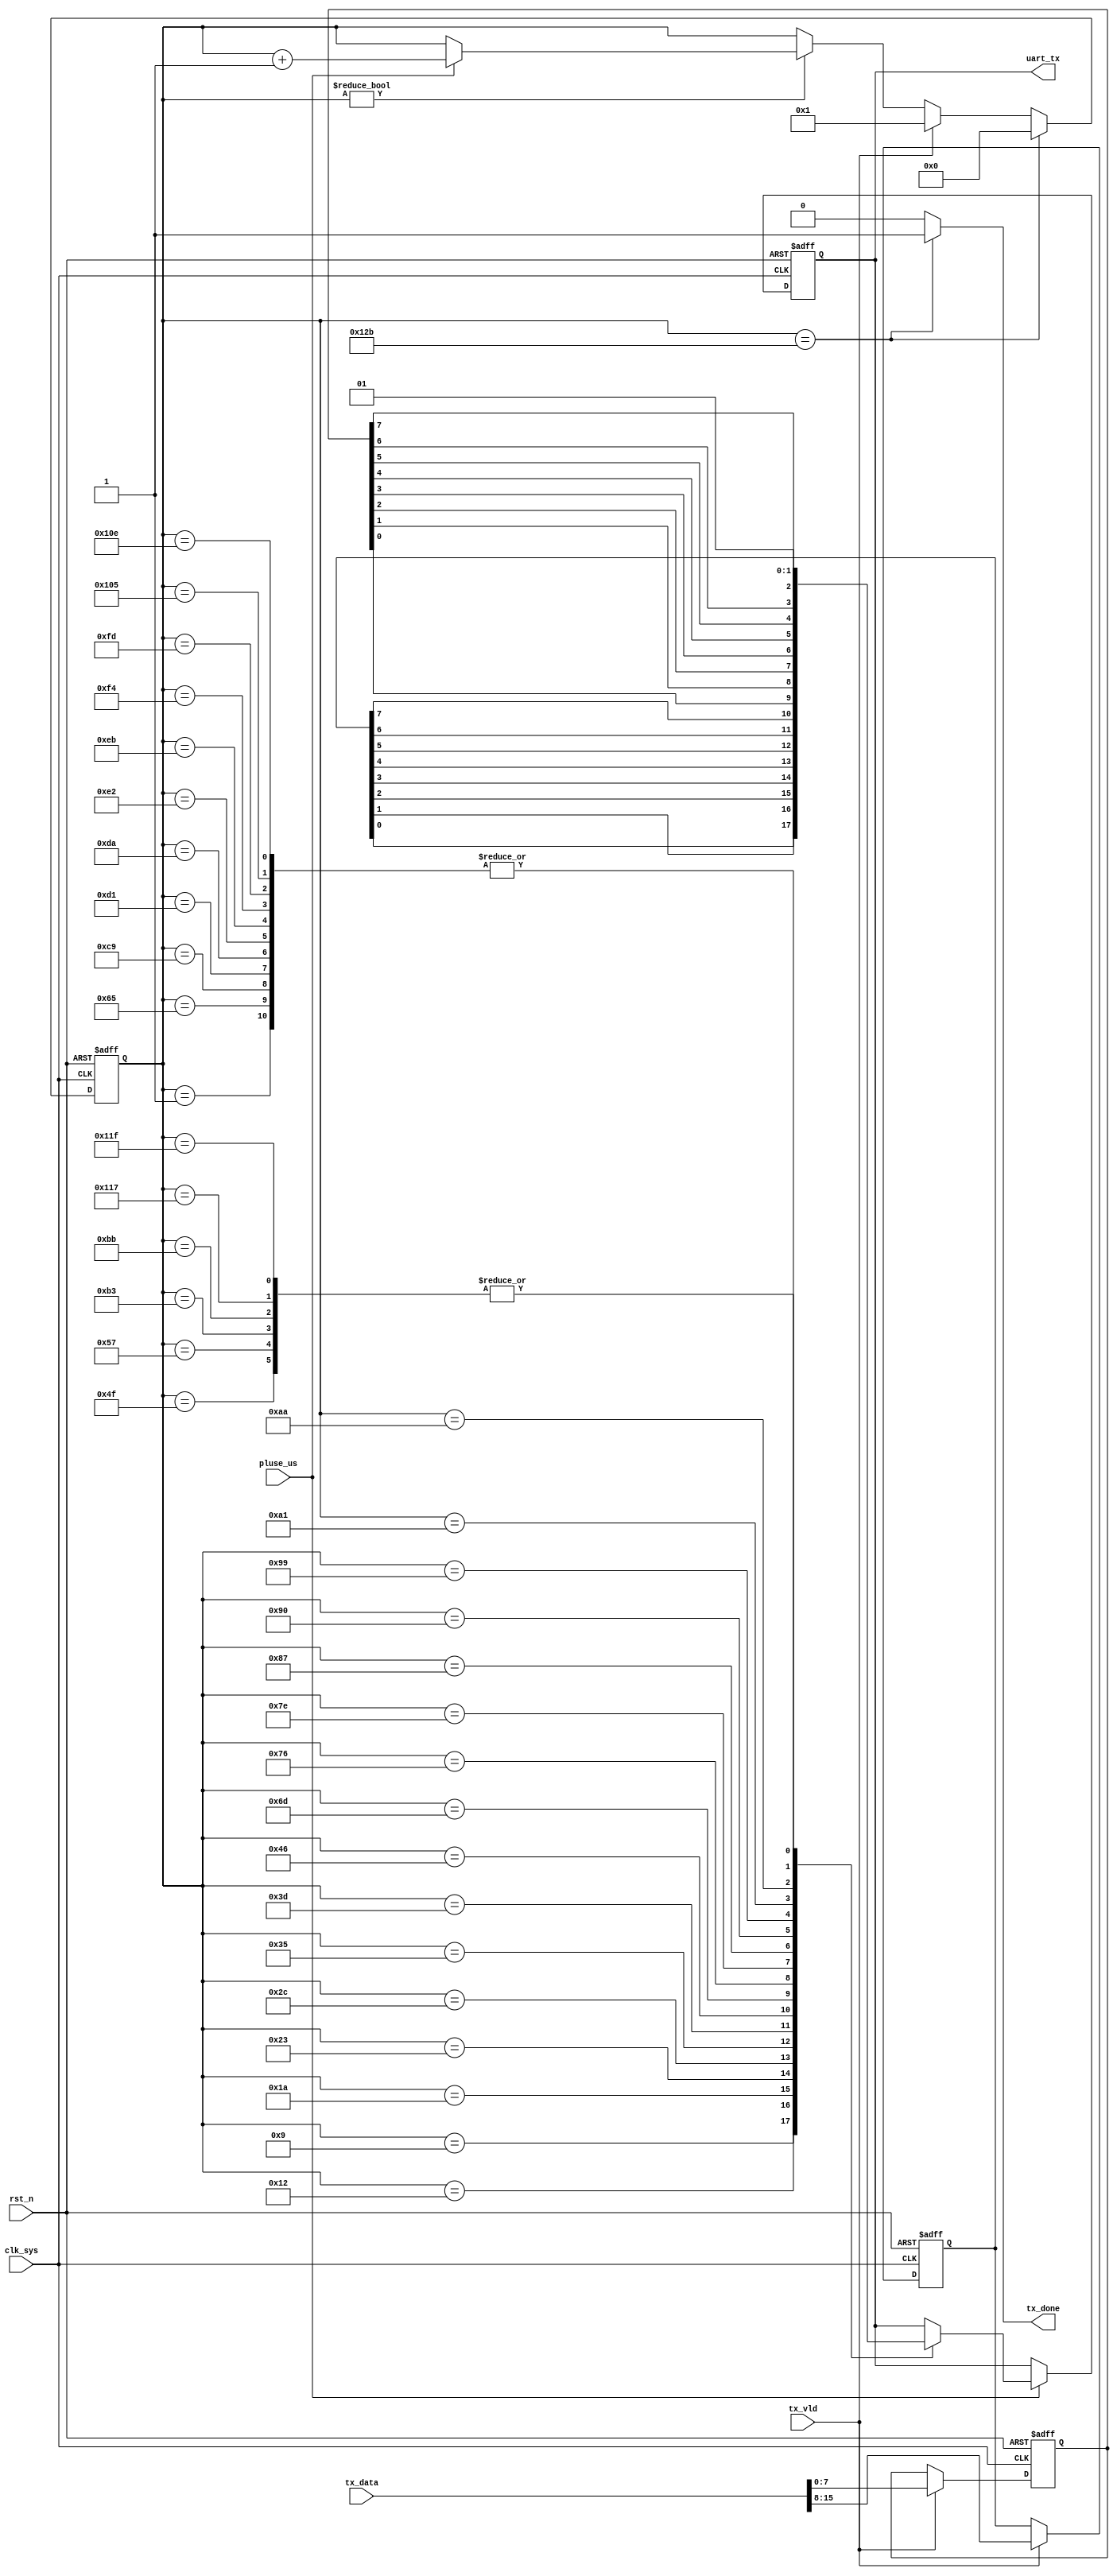
//phy_utx3.v

module phy_utx3(
uart_tx,
tx_data,
tx_vld,
tx_done,
//clk rst
clk_sys,
pluse_us,
rst_n
);
output uart_tx;
input [15:0]	tx_data;
input 			tx_vld;
output			tx_done;
//clk rst
input clk_sys;
input pluse_us;
input rst_n;
//---------------------------------
//---------------------------------


//--------- main counter ----------
reg [9:0] cnt_us;
always @ (posedge clk_sys or negedge rst_n)	begin
	if(~rst_n)
		cnt_us <= 10'd0;
	else if(cnt_us== 10'd299)
			cnt_us <= 10'd0;
	else if(tx_vld)
		cnt_us <= 10'd1;		
	else if(cnt_us != 10'd0)
			cnt_us <= pluse_us ? (cnt_us + 10'h1) : cnt_us;
	else ;
end


wire tx_done = (cnt_us== 10'd299) ? 1'b1 : 1'b0;


reg xor_tx;
reg [7:0] lock_tx;
reg [7:0] lock_tx2;
wire [7:0]	lock_tx3 = 8'h0;
always @ (posedge clk_sys or negedge rst_n)	begin
	if(~rst_n) begin
		xor_tx <= 1'b0;
		lock_tx <= 8'h0;
		lock_tx2 <= 8'h0;
	end
	else if(tx_vld) begin
		xor_tx <= ^tx_data;
		lock_tx <= tx_data[15:8];
		lock_tx2 <= tx_data[7:0];
	end
	else ;
end


//--------- uart tx output ----------
reg uart_tx;
always @ (posedge clk_sys or negedge rst_n)	begin
	if(~rst_n)
		uart_tx <= 1'b1;
	else if(pluse_us)	begin
		case(cnt_us)
			10'd1 : uart_tx <= 1'b0;		//start bit
			10'd9 : uart_tx <= lock_tx[0];
			10'd18 : uart_tx <= lock_tx[1];
			10'd26 : uart_tx <= lock_tx[2];
			10'd35 : uart_tx <= lock_tx[3];
			10'd44 : uart_tx <= lock_tx[4];
			10'd53 : uart_tx <= lock_tx[5];
			10'd61 : uart_tx <= lock_tx[6];
			10'd70 : uart_tx <= lock_tx[7];
			10'd79 : uart_tx <= 1'b1;	//no XOR_TX
			10'd87 : uart_tx <= 1'b1;	//stop bit
			
			10'd101 : uart_tx <= 1'b0;		//start bit
			10'd109 : uart_tx <= lock_tx2[0];
			10'd118 : uart_tx <= lock_tx2[1];
			10'd126 : uart_tx <= lock_tx2[2];
			10'd135 : uart_tx <= lock_tx2[3];
			10'd144 : uart_tx <= lock_tx2[4];
			10'd153 : uart_tx <= lock_tx2[5];
			10'd161 : uart_tx <= lock_tx2[6];
			10'd170 : uart_tx <= lock_tx2[7];
			10'd179 : uart_tx <= 1'b1;	//no XOR_TX
			10'd187 : uart_tx <= 1'b1;	//stop bit
			
			10'd201 : uart_tx <= 1'b0;		//start bit
			10'd209 : uart_tx <= lock_tx3[0];
			10'd218 : uart_tx <= lock_tx3[1];
			10'd226 : uart_tx <= lock_tx3[2];
			10'd235 : uart_tx <= lock_tx3[3];
			10'd244 : uart_tx <= lock_tx3[4];
			10'd253 : uart_tx <= lock_tx3[5];
			10'd261 : uart_tx <= lock_tx3[6];
			10'd270 : uart_tx <= lock_tx3[7];
			10'd279 : uart_tx <= 1'b1;	//no XOR_TX
			10'd287 : uart_tx <= 1'b1;	//stop bit
			default : ;
		endcase
	end
	else ;
end
	
endmodule